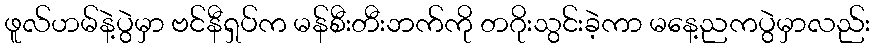
ဖူလ်ဟမ်နဲ့ပွဲမှာ ဗင်နီရှပ်က မန်စီးတီးဘက်ကို တဂိုးသွင်းခဲ့ကာ မနေ့ညကပွဲမှာလည်း